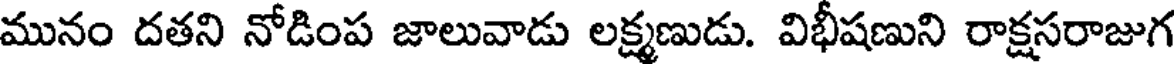
మునం దతని నోడింప జాలువాడు లక్ష్మణుడు. విభీషణుని రాక్షసరాజుగ